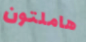
هاملتون